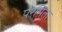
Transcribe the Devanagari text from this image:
परमिता